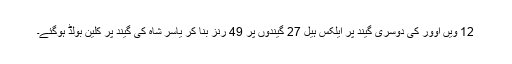
12 ویں اوور کی دوسری گیند پر ایلکس ہیل 27 گیندوں پر 49 رنز بنا کر یاسر شاہ کی گیند پر کلین بولڈ ہوگئے۔